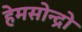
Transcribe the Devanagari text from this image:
हेमसोन्द्रो